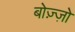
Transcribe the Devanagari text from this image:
बोज़्ज़ो